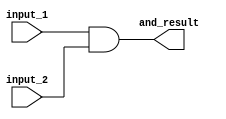
module example_and_gate 
  ( 
    input_1,
    input_2,
    and_result);
   
  input  input_1;
  input  input_2;
  output and_result;
 
  wire   and_temp;  
 
  assign and_temp = input_1 & input_2;
   
  assign and_result = and_temp;
 
endmodule